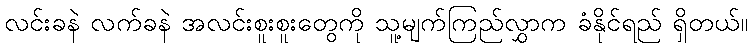
လင်းခနဲ လက်ခနဲ အလင်းစူးစူးတွေကို သူ့မျက်ကြည်လွှာက ခံနိုင်ရည် ရှိတယ်။